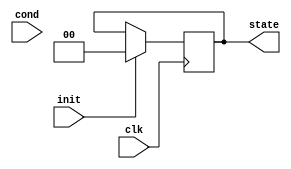
module PreConfiguredStateInitialization #(
    parameter STATE_WIDTH = 2,          // Width of the state register
    parameter INITIAL_STATE = 2'b00     // Pre-configured initial state
)(
    input wire clk,                      // Clock signal
    input wire init,                     // Control signal for initialization
    input wire [STATE_WIDTH-1:0] cond,  // Optional conditional signal for initialization
    output reg [STATE_WIDTH-1:0] state  // Current state output
);

    // State register update logic
    always @(posedge clk) begin
        if (init) begin
            // Initialize to pre-configured state
            state <= INITIAL_STATE;
        end else begin
            // Retain the previous state if init is not activated
            // You can add additional state transition logic here based on your FSM design
            // For example:
            // state <= next_state; // Assuming next_state is defined elsewhere
        end
    end

endmodule